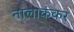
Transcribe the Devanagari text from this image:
नालाकंकर